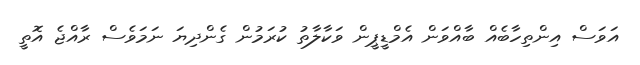
އަވަސް އިންތިހާބެއް ބާއްވަން އެމްޑީޕީން ވަކާލާތު ކުރަމުން ގެންދިޔަ ނަމަވެސް ރާއްޖެ އޮތީ